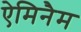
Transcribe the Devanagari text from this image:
ऐमिनैम